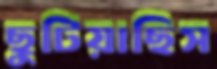
ছুটিয়াছিস